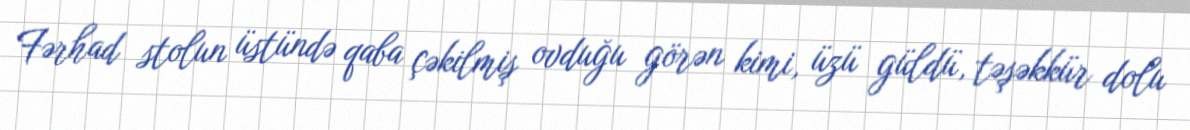
Fərhad stolun üstündə qaba çəkilmiş ovduğu görən kimi, üzü güldü, təşəkkür dolu